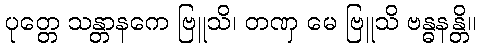
ပုတ္တေ သန္တာနကေ ဗြူသိ၊ တဏှ မေ ဗြူသိ ဗန္ဓနန္တိ။